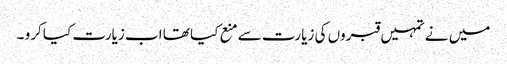
میں نے تمہیں قبروں کی زیارت سے منع کیا تھا اب زیارت کیا کرو ۔